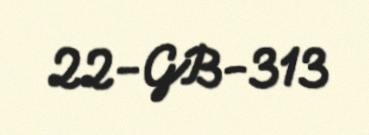
22-GB-313